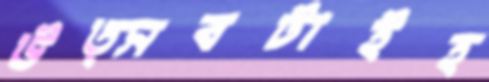
উত্সবটাইহ